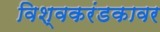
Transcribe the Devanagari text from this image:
विश्वकरंडकावर